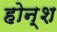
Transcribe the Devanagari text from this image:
होन्श